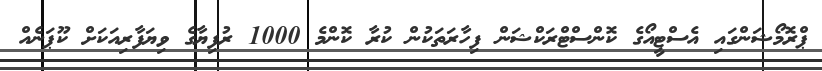
ޕްރޮމޯޝަންގައި އެސްޓީއޯގެ ކޮންސްޓްރަކްޝަން ފިހާރަތަކުން ކުރާ ކޮންމެ 1000 ރުފިޔާގެ ވިޔަފާރިއަކަށް ކޫޕަނެއް